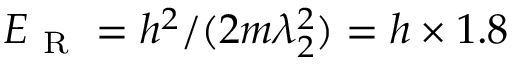
E _ { \mathrm { ~ R ~ } } = h ^ { 2 } / ( 2 m \lambda _ { 2 } ^ { 2 } ) = h \times 1 . 8